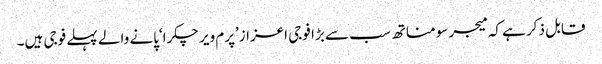
قابل ذکر ہے کہ میجر سومناتھ سب سے بڑا فوجی اعزاز’پرم ویر چکرا‘پانے والے پہلے فوجی ہیں۔